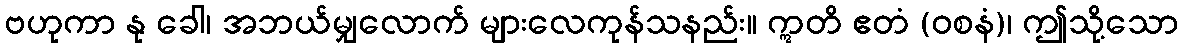
ဗဟုကာ နု ခေါ၊ အဘယ်မျှလောက် များလေကုန်သနည်း။ ဣတိ ဧတံ (ဝစနံ)၊ ဤသို့သော